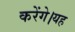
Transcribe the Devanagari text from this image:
करेंगे।यह